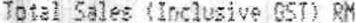
TOTAL SALES (INCLUSIVE GST) RM